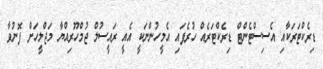
ޑިރެކްޓަރަކާއި އެސިސްޓެންޓް ޑިރެކްޓަރެއް ހުރެފައި އެމީހުންނަކީ އެއީ ރައީސުލް ޖުމްހޫރިއްޔާ މަޖްލީހަށް ފޮނުވާ